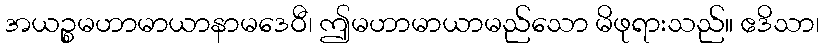
အယဉ္စမဟာမာယာနာမဒေဝီ၊ ဤမဟာမာယာမည်သော မိဖုရားသည်။ ဧဒိသာ၊